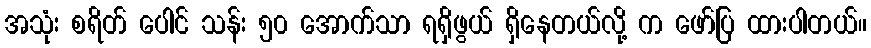
အသုံး စရိတ် ပေါင် သန်း ၅၀ အောက်သာ ရရှိဖွယ် ရှိနေတယ်လို့ က ဖော်ပြ ထားပါတယ်။